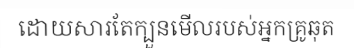
ដោយសារតែក្បួនមើលរបស់អ្នកគ្រូឆុត